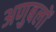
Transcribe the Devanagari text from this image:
अणुबलों